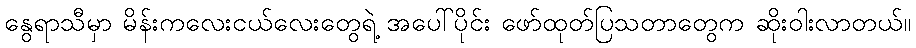
နွေရာသီမှာ မိန်းကလေးငယ်လေးတွေရဲ့ အပေါ်ပိုင်း ဖော်ထုတ်ပြသတာတွေက ဆိုးဝါးလာတယ်။